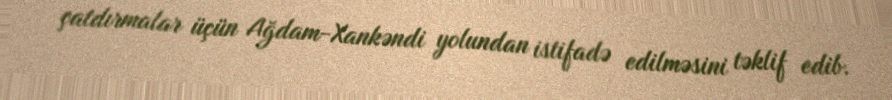
çatdırmalar üçün Ağdam-Xankəndi yolundan istifadə edilməsini təklif edib.